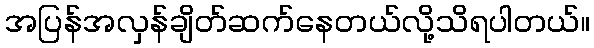
အပြန်အလှန်ချိတ်ဆက်နေတယ်လို့သိရပါတယ်။